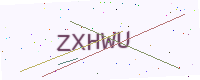
Text: ZXHWU